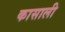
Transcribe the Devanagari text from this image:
कासाली